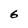
Character: 6